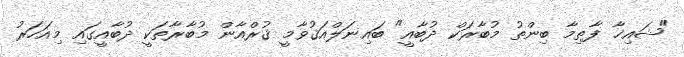
"ޝައިޚާ ފާޠިމާ ބިންތު މުބާރަކް ދުބާއީ" ބައިނަލްއަޤުވާމީ ޤުރްއާން މުބާރާތަކީ ދުބާއީގައި މިއަހަރު